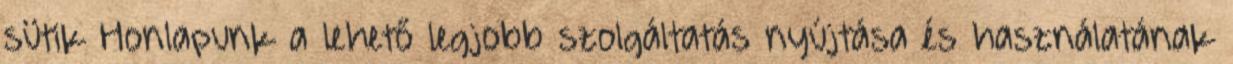
sütik Honlapunk a lehető legjobb szolgáltatás nyújtása és használatának